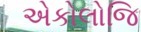
એકોલોજિ